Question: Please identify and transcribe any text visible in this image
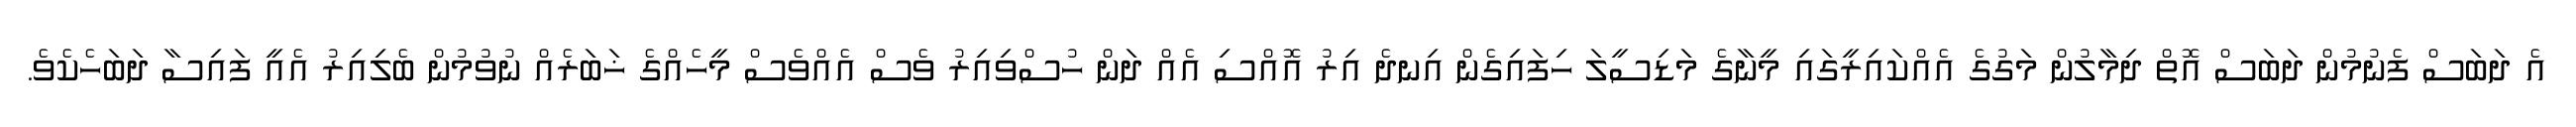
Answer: އެ ދަބަސް ފެނުމުން ދަބަސް އޮތް ދިމާލުން މަގުގެ އެއްކައިރީގައި މީނާގެ މަޑިސީލަ ހިފައިގެން އިނދެ އިރު އޮއްސި އެއް ދަން ހުސްވިއިރު ވެސް އެއްވެސް މީހެއްގެ ޚަބަރެއް ނުވުމުން ބެލިއިރު އެއީ ފައިސާ ދަބަހެކެވެ.